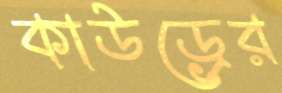
কাউড্রের